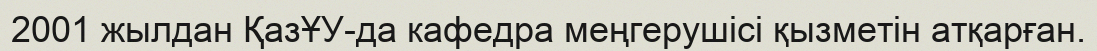
2001 жылдан ҚазҰУ-да кафедра меңгерушісі қызметін атқарған.